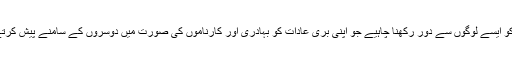
بچے کو ایسے لوگوں سے دور رکھنا چاہیے جو اپنی بری عادات کو بہادری اور کارناموں کی صورت میں دوسروں کے سامنے پیش کرتے ہیں۔